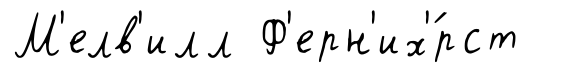
М'елв'илл Ф'ерн'их'́рст